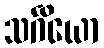
သင်္ဂိယော